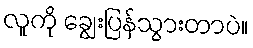
လူကို ချွေးပြန်သွားတာပဲ။